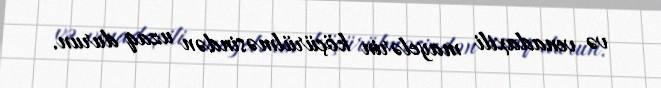
və venadaxili mayelərin köçürülməsindən uzaq durun.